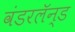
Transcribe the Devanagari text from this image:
वंडरलॅन्ड